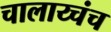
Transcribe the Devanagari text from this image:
चालाय्चंच